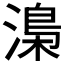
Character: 𣻏